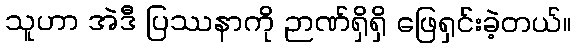
သူဟာ အဲဒီ ပြဿနာကို ဉာဏ်ရှိရှိ ဖြေရှင်းခဲ့တယ်။